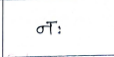
मजकूर: नः